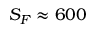
S _ { F } \approx 6 0 0